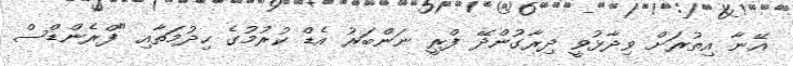
އޭނާ އިތުރަށް ވިދާޅުވީ ދިރާގުންދޭ ފްރީ ނަންބަރު އެޑް ކުރުމުގެ ހިދުމަތާއި "ފްރެންޑްސް